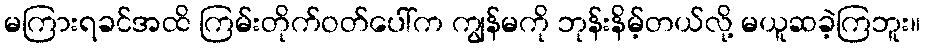
မကြားရခင်အထိ ကြမ်းတိုက်ဝတ်ပေါ်က ကျွန်မကို ဘုန်းနိမ့်တယ်လို့ မယူဆခဲ့ကြဘူး။